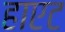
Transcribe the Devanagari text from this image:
हाएट